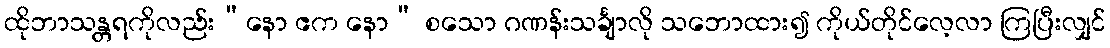
ထိုဘာသန္တရကိုလည်း“နော ဧက နော” စသော ဂဏန်းသင်္ချာလို သဘောထား၍ ကိုယ်တိုင်လေ့လာ ကြပြီးလျှင်